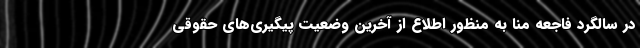
در سالگرد فاجعه منا به منظور اطلاع از آخرین وضعیت پیگیری‌های حقوقی